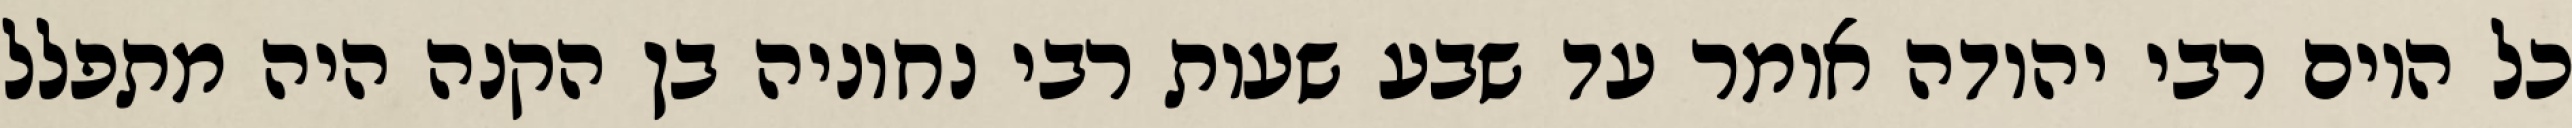
כל היום רבי יהודה אומר עד שבע שעות רבי נחוניה בן הקנה היה מתפלל